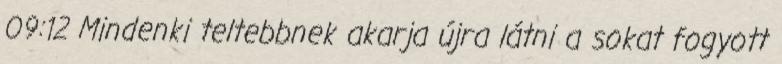
09:12 Mindenki teltebbnek akarja újra látni a sokat fogyott